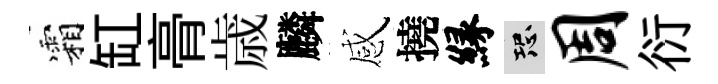
霜缸𮌔歳麟感撓縁恐周衍